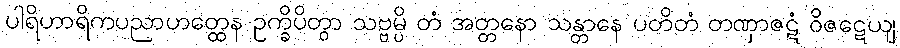
ပါရိဟာရိကပညာဟတ္ထေန ဥက္ခိပိတွာ သဗ္ဗမ္ပိ တံ အတ္တနော သန္တာနေ ပတိတံ တဏှာဇဋံ ဝိဇဋေယျ